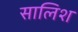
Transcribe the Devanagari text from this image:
सालिश